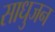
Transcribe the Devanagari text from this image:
साधुजन